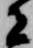
者